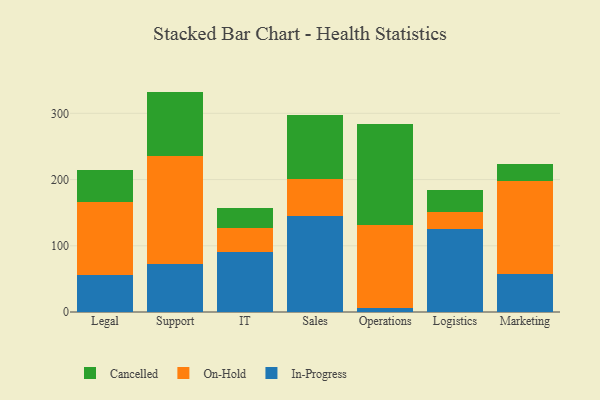
{"axis": {"x": "Department", "y": "Demand Index"}, "legend": ["Cancelled", "In-Progress", "On-Hold"], "data": [{"x": "Legal", "y": 55.4, "type": "In-Progress"}, {"x": "Legal", "y": 110.9, "type": "On-Hold"}, {"x": "Legal", "y": 47.9, "type": "Cancelled"}, {"x": "Support", "y": 73.0, "type": "In-Progress"}, {"x": "Support", "y": 163.0, "type": "On-Hold"}, {"x": "Support", "y": 96.8, "type": "Cancelled"}, {"x": "IT", "y": 90.8, "type": "In-Progress"}, {"x": "IT", "y": 36.7, "type": "On-Hold"}, {"x": "IT", "y": 29.6, "type": "Cancelled"}, {"x": "Sales", "y": 144.3, "type": "In-Progress"}, {"x": "Sales", "y": 57.2, "type": "On-Hold"}, {"x": "Sales", "y": 95.3, "type": "Cancelled"}, {"x": "Operations", "y": 6.7, "type": "In-Progress"}, {"x": "Operations", "y": 125.0, "type": "On-Hold"}, {"x": "Operations", "y": 152.8, "type": "Cancelled"}, {"x": "Logistics", "y": 124.9, "type": "In-Progress"}, {"x": "Logistics", "y": 26.6, "type": "On-Hold"}, {"x": "Logistics", "y": 33.4, "type": "Cancelled"}, {"x": "Marketing", "y": 57.4, "type": "In-Progress"}, {"x": "Marketing", "y": 140.1, "type": "On-Hold"}, {"x": "Marketing", "y": 26.6, "type": "Cancelled"}]}